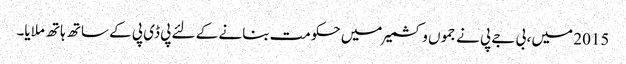
2015 میں ، بی جے پی نے جموں و کشمیر میں حکومت بنانے کے لئے پی ڈی پی کے ساتھ ہاتھ ملایا۔